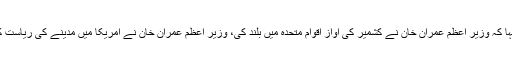
انہوں نے کہا کہ وزیر اعظم عمران خان نے کشمیر کی آواز اقوام متحدہ میں بلند کی، وزیر اعظم عمران خان نے امریکا میں مدینے کی ریاست کی بات کی۔